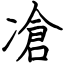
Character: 凔